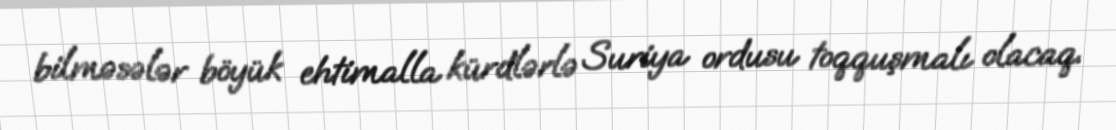
bilməsələr böyük ehtimalla kürdlərlə Suriya ordusu toqquşmalı olacaq.